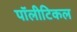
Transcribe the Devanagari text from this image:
पॉलीटिकल